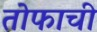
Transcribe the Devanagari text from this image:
तोफाची